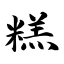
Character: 糕